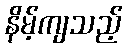
နိမ့်ကျသည့်